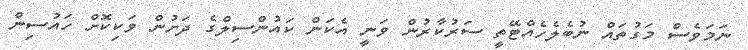
ނަމަވެސް މަގުތައް ނުބެލެހެއްޓޭތީ ސަރުކާރުން ވަނީ އެކަން ކައުންސިލްގެ ދަށުން ވަކިކޮށް ހައުސިން